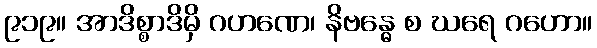
၉၁၉။ အာဒိစ္စာဒိမှိ ဂဟဏေ၊ နိဗန္ဓေ စ ဃရေ ဂဟော။